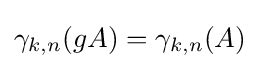
\gamma _{k,n}(gA)=\gamma _{k,n}(A)